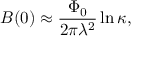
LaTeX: B ( 0 ) \approx { \frac { \Phi _ { 0 } } { 2 \pi \lambda ^ { 2 } } } \ln \kappa ,